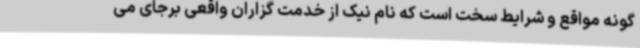
گونه مواقع و شرایط سخت است که نام نیک از خدمت گزاران واقعی برجای می